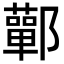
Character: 鄿